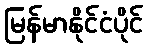
မြန်မာနိုင်ငံပိုင်